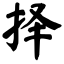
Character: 择